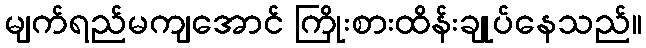
မျက်ရည်မကျအောင် ကြိုးစားထိန်းချုပ်နေသည်။